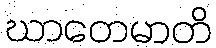
ဃာတေမာတိ